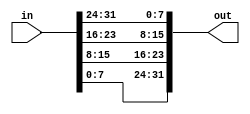
// A 32-bit vector can be viewed as containing 4 bytes (bits [31:24], [23:16], etc.). 
// Build a circuit that will reverse the byte ordering of the 4-byte word.
module top_module( 
    input [31:0] in,
    output [31:0] out );//

    // assign out[31:24] = ...;
    assign { out[31:24], out[23:16], out[15:8], out[7:0] } = { in[7:0], in[15:8], in[23:16], in[31:24] };
    // Part-select can be used on both the left side and right side of an assignment.
endmodule